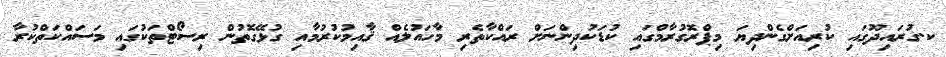
ކ.ގުރައިދޫގައި ކުރިއަށްގެންދިޔަ މިޕްރޮގުރާމްގައި ކުޑަކުދިންނަށް ރައްކާތެރި މާހައުލެއް ޤާއިމުކުރުމާއި ގުޅޭގޮތުން ރިސޯޓްތަކުގައި މަސައްކަތްކުރާ